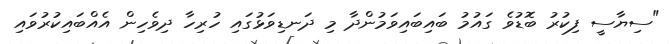
"ސިޔާސީ ފިކުރު ބޮޑުވެ ގައުމު ބައިބައިވަމުންދާ މި ދަނޑިވަޅުގައި ހުރިހާ ދިވެހިން އެއްބައިކުރުވައި